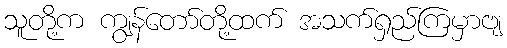
သူတို့က ကျွန်တော်တို့ထက် အသက်ရှည်ကြမှာဗျ